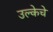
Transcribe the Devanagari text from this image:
उल्केचे